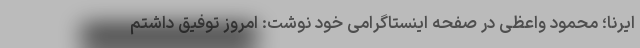
ایرنا؛ محمود واعظی در صفحه اینستاگرامی خود نوشت: امروز توفیق داشتم